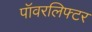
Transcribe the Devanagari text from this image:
पॉवरलिफ्टर